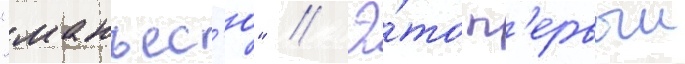
"манъес'ю" // Э́то п'ервыи